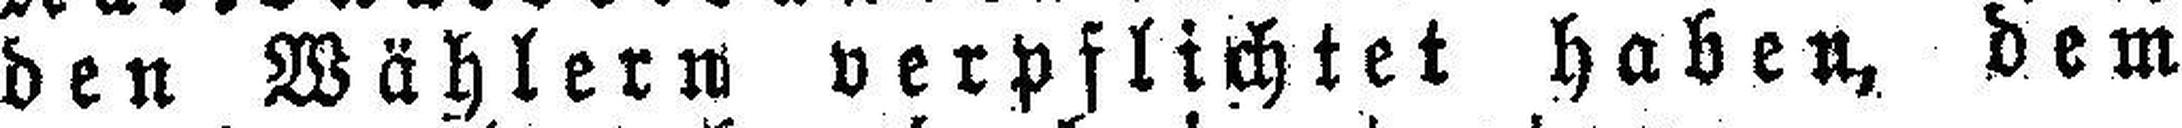
den Wählern verpflichtet haben, dem